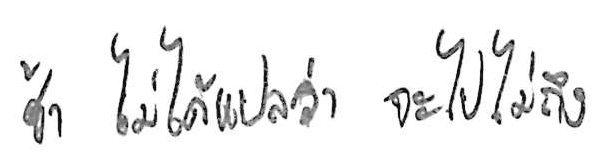
ช้า ไม่ได้แปลว่า จะไปไม่ถึง